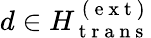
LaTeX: d\in H_{\mathrm{~t~r~a~n~s~}}^{\mathrm{~(~e~x~t~)~}}